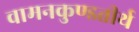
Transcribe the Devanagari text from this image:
वामनकुण्डतीर्थ